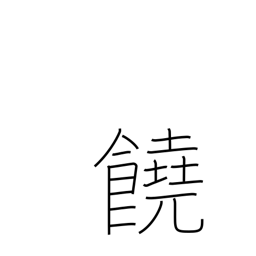
Meaning: abundant